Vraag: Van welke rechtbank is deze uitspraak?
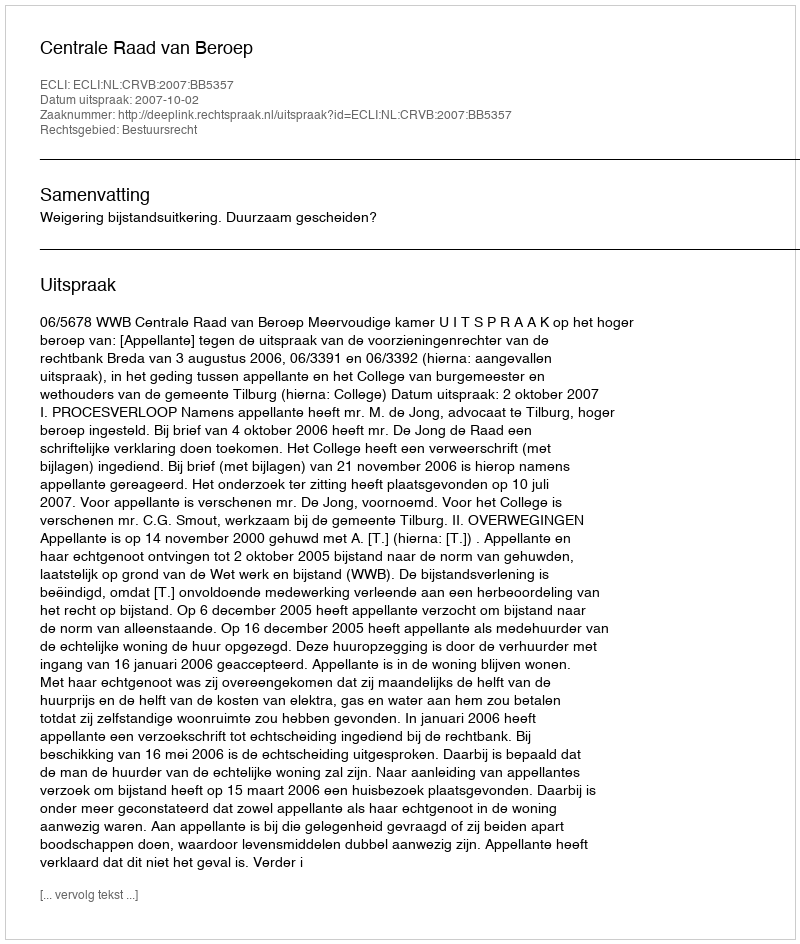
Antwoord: Centrale Raad van Beroep